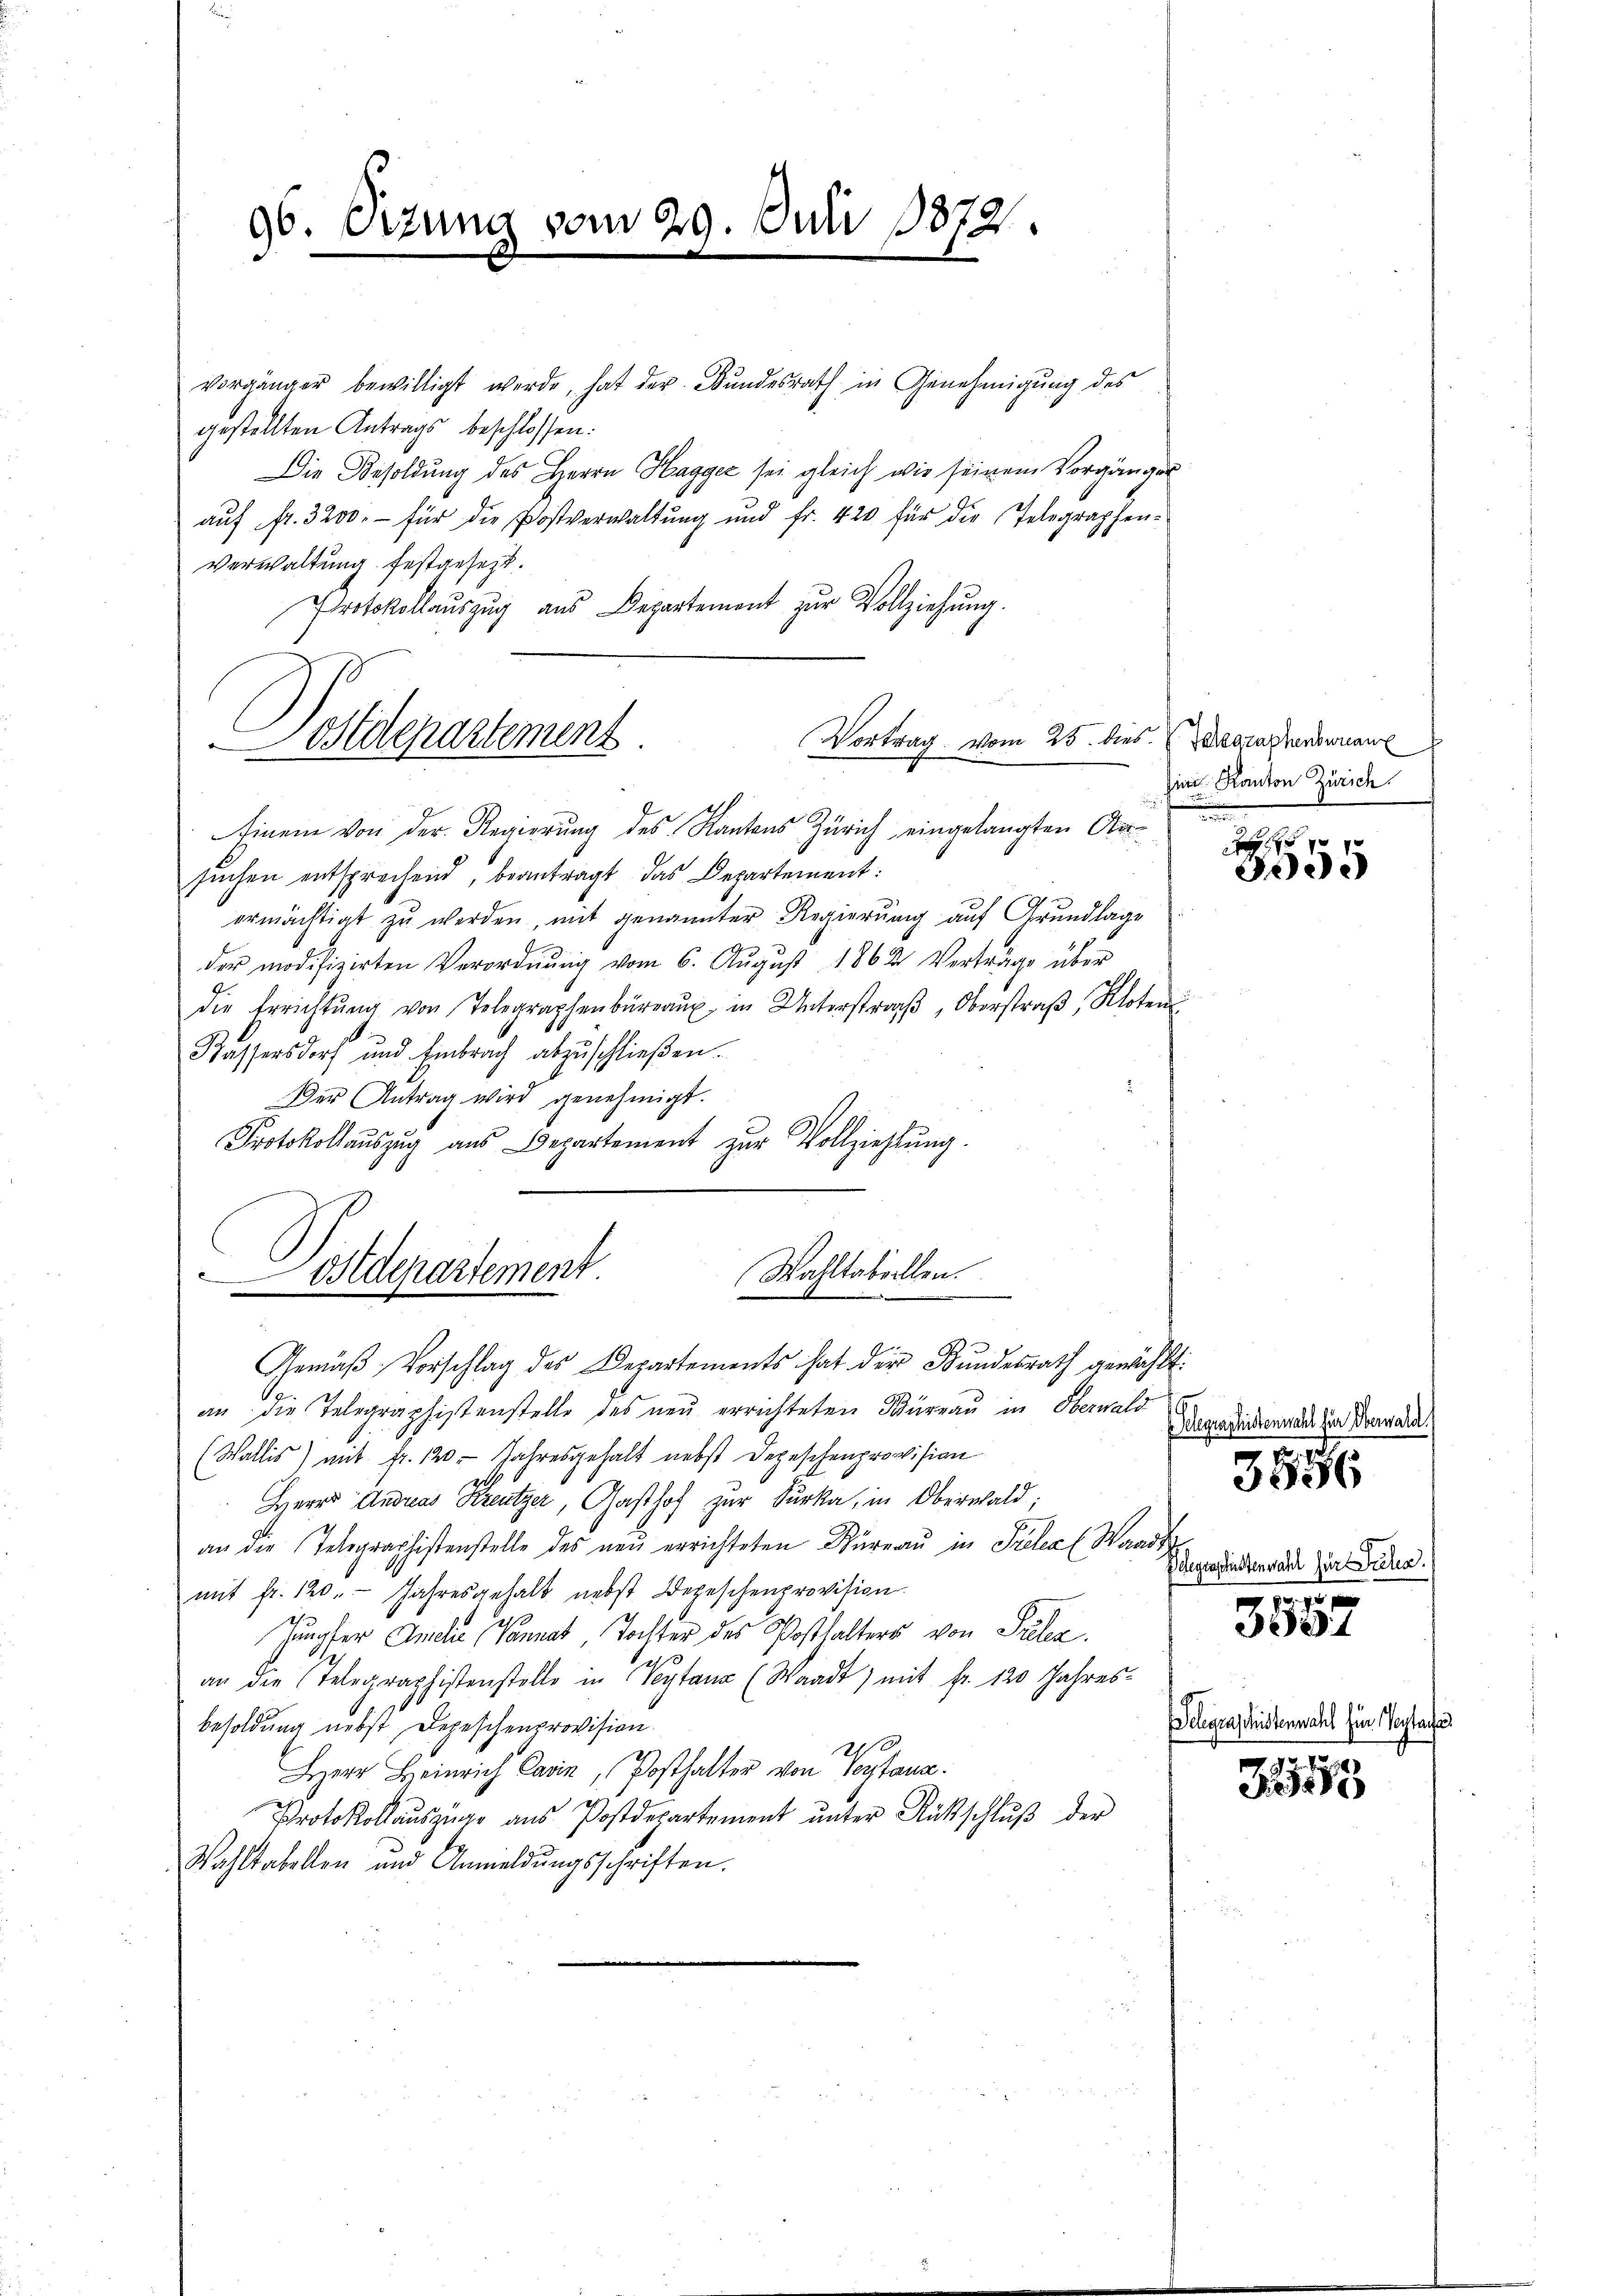
96. Sizung vom 29. Juni 1872.

vorgänger bewilligt werde, hat der Bundesrath in Genehmigung des
gestellten Antrags beschlossen:
Die Besoldung des Herrn Hagger sei gleich wie seinem Vorgänger
aŭf fr. 3200.- für die Postverwaltŭng und fr. 420 für die Telegraphen-
Verwaltung festgesezt.
Protokollaŭszŭg ans Departement zŭr Vollziehŭng.
Einem von der Regierŭng des Kantons Zürich eingelangten Ober-
suchen entsprechend, beantragt das Departement:
ermächtigt zŭ werden, mit genannter Regierung auf Grundlage
der modifizirten Verordnŭng vom 6. Aŭgŭst 1862 Verträge über
die Errichtŭng von Telegraphenbüreaŭ in Unterstraβ, Oberstraβ, Kloten
Kassersdorf und Embrach abzuschließen.
Der Antrag wird genehmigt.
Protokollaŭszŭg aŭs Departement zŭr Vollziehlŭng
Wahltabellen.
Adepartement
e
.
Gemäß Vorschlag des Departements hat der Bundesrath gewählt:
an die Telegraphistenstelle des neu errichteten Würeau in Oberwald
(Wallis) mit Fr. 120. Jahresgehalt nebst Depeschenprovision
Herrn Andreas Kreutzer, Gasthof zur Furka, in Oberwald;
an die Telegraphistenstelle des neŭ errichteten Büreaŭ in Prelec Waadt
mit fr. 120. Jahresgehalt nebst Depeschenprovision.
Jungfer Ansche Vanna Tochter des Posthalters von Prelea.
an die Telegraphistenstelle in Pytana (Waadt) mit fr. 120 Jahres-
besoldung nebst Depeschenprovision.
210.
Herr Heinrich Carin, Posthalter von Testanz.
Protokollauszüge aŭs Postdepartement ŭnter Rückschlŭβ der
Wahltabellen und Anmeldŭngsschriften.

Adepartement
Vortrag vom 25. dies degraphenswan

sien Kanton Zürich.
n

xx
e

Pelegraphistenwahl für Oberwald
3556
Belegraphistenwahl für Pala
11

1

Telegraschistenwahl für Vertages

355